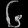
Digit: ၆